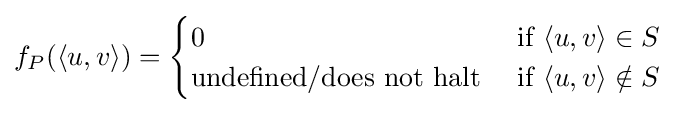
f_{P}(\langle u,v\rangle )={\begin{cases}0&{\text{if}}\ \langle u,v\rangle \in S\\{\text{undefined/does not halt}}\ &{\text{if}}\ \langle u,v\rangle \notin S\end{cases}}